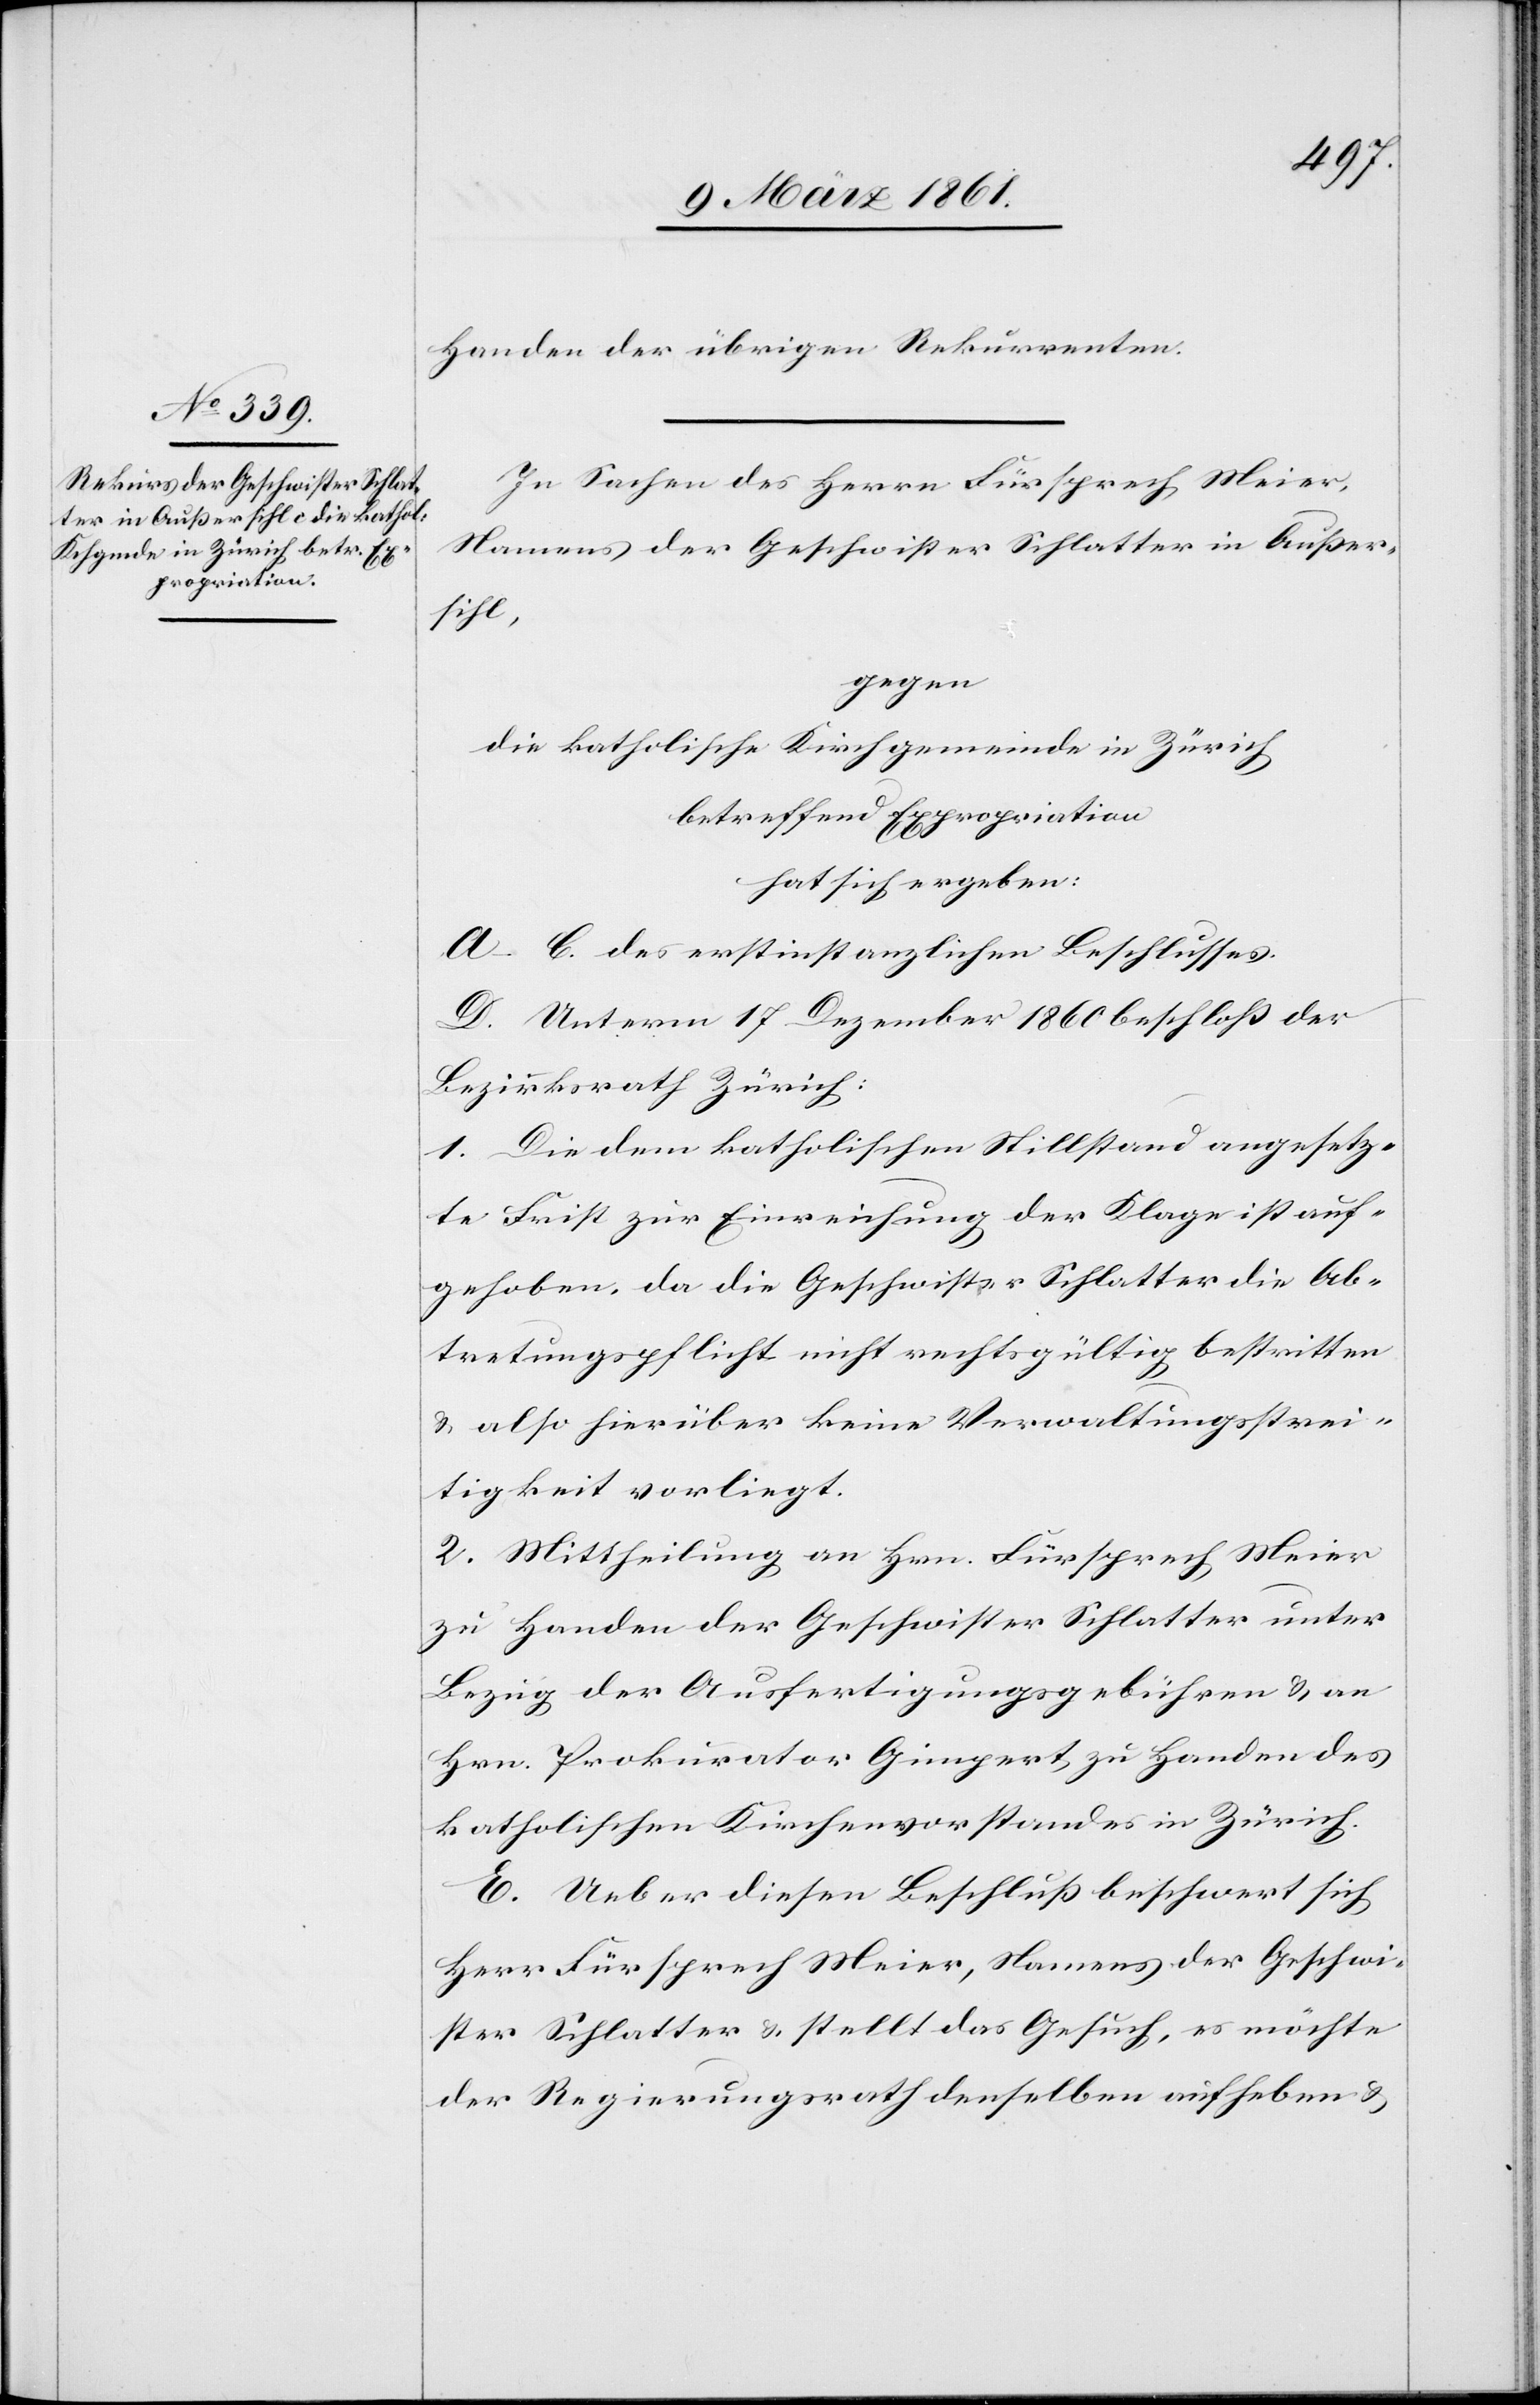
Handen der übrigen Rekurrenten.
In Sachen des Herrn Fürsprech Meier,
Namens der Geschwister Schlatter in Ausser¬
sihl,
gegen
die katholische Kirchgemeinde in Zürich
betreffend Expropriation
hat sich ergeben:
A.–C. des erstinstanzlichen Beschlusses.
D. Unterm 17. Dezember 1860 beschloss der
Bezirksrath Zürich:
1. Die dem katholischen Stillstand angesetz¬
te Frist zur Einreichung der Klage ist auf¬
gehoben, da die Geschwister Schlatter die Ab¬
tretungspflicht nicht rechtsgültig bestritten
u. also hierüber keine Verwaltungsstrei¬
tigkeit vorliegt.
2. Mittheilung an Hrn. Fürsprech Meier
zu Handen der Geschwister Schlatter unter
Bezug der Ausfertigungsgebühren u. an
Hrn. Prokurator Gimpert, zu Handen des
katholischen Kirchenvorstandes in Zürich.
E. Ueber diesen Beschluss beschwert sich
Herr Fürsprech Meier, Namens der Geschwi¬
ster Schlatter u. stellt das Gesuch, es möchte
der Regierungsrath denselben aufheben u.